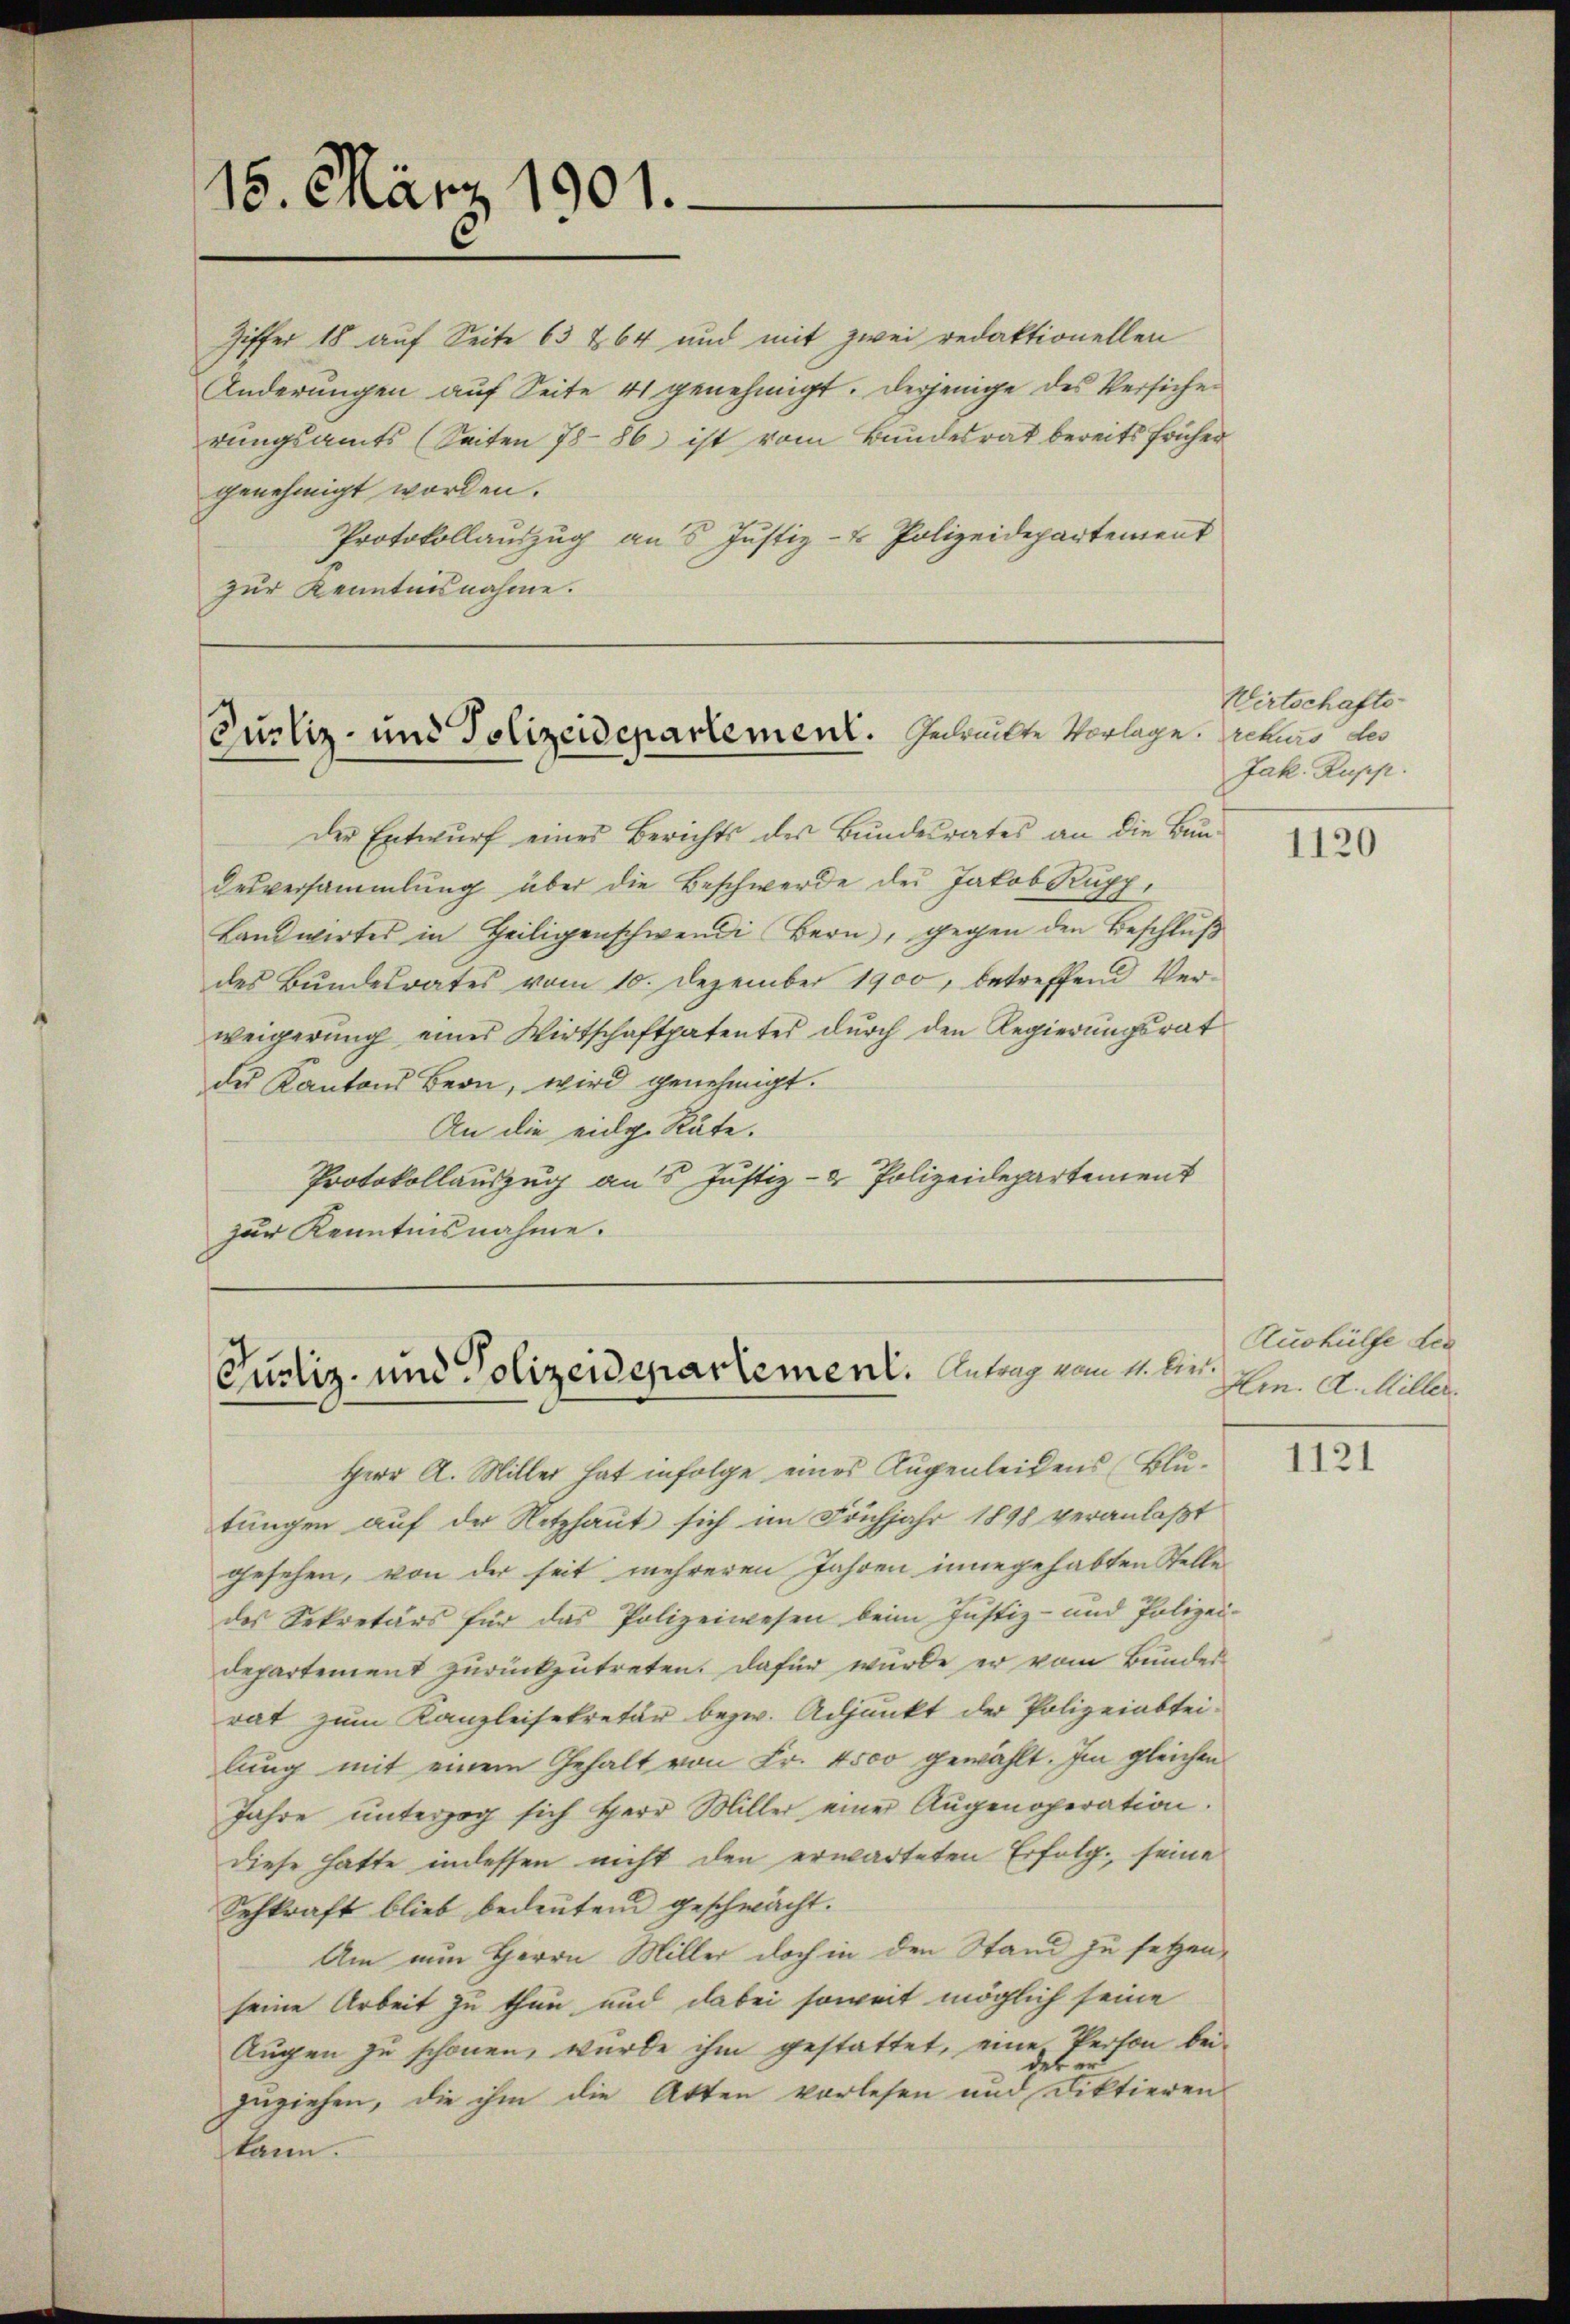
15. März 1901.

Ziffer 18 auf Seite 63 & 64 und mit zwei redaktionellen
Änderungen auf Seite 41 genehmigt. Derjenige des Versiche
rungsamts (Seiten 7886 ist vom Bundesrat bereits früher
genehmigt worden.
Protokollauszug aus Justiz- & Polizeidepartement
zur Kenntnisnahme.

Justiz- und Polizeidepartement. Gedruckte Vorlage. Actens der

Der Entwurf eines Berichts des Bundesrates an die Bundesversammlung über die Beschwerde des Jakob Kupp,
Landwirtes in Heiligenschwendi Bern, gegen den Beschlŭβ
des Bundesrates vom 10. Dezember 1900, betreffend Verweigerŭng eines Wirtschaftspatentes dŭrch den Regierŭngsrat
des Kantons Bern, wird genehmigt.
An die eidg. Räte.
Protokollauszug an 5 Justiz- & Polizeidepartement
zur Kenntnisnahme.

Pustiz- und Polizeidepartement. Antrag vom 11. bin.

Herr A. Miller hat infolge eines Augenleidens (Blutungen auf der Netzhaut sich im Frühjahr 1898 veranlaßt
gesehen, von der seit mehreren Jahren innegehabten Stelle
des Sekretärs für das Polizeiwesen beim Justiz- und Polizei-
departement zurückzutreten. Dafür wurde er vom Bundes
rat zum Kanzleisekretär bezw. Adjunkt der Polizeiabteilung mit einem Gehalt von Fr. 4500 gewählt. Im gleichen
Jahre unterzog sich Herr Miller einer Aŭgenoperation.
diese hatte indessen nicht den erwarteten Erfolg, seine
Sehkraft blieb bedeutend geschwächt.
Um nun Herrn Miller doch in den Stand zu setzen,
seine Arbeit zu thun und dabei soweit möglich seine
Augen zu schönen, wurde ihm gestattet, eine Person bei
zuziehen, die ihm die Atten vorlesen und Diktieren
kann.

Wirtschafte
Jak. Rupp.

1120

Aushülfe der
Hrn. A. Miller.

IIII